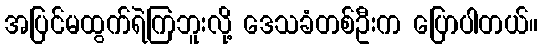
အပြင်မထွက်ရဲကြဘူးလို့ ဒေသခံတစ်ဦးက ပြောပါတယ်။